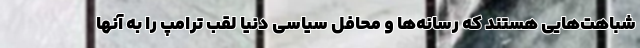
شباهت‌هایی هستند که رسانه‌ها و محافل سیاسی دنیا لقب ترامپ را به آنها